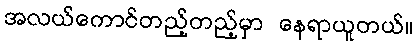
အလယ်ကောင်တည့်တည့်မှာ နေရာယူတယ်။